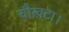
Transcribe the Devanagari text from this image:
चौखटा।